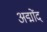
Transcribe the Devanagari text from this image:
अद्मोंद